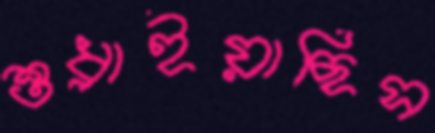
শুধ্‌রাইয়াছিস